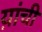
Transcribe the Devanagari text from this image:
य़ांची